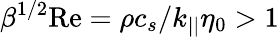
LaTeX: \beta^{1/2}\mathrm{Re}=\rho c_{s}/k_{||}\eta_{0}>1